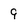
Character: 9